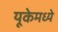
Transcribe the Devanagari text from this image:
यूकेमध्ये